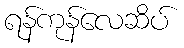
ရန်ကုန်လေဆိပ်